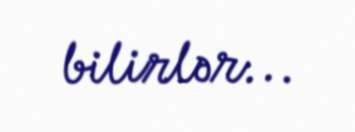
bilirlər...